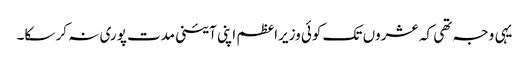
یہی وجہ تھی کہ عشروں تک کوئی وزیراعظم اپنی آئینی مدت پوری نہ کر سکا۔